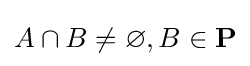
A\cap B\neq \varnothing ,B\in \mathbf {P}